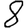
Digit: 8